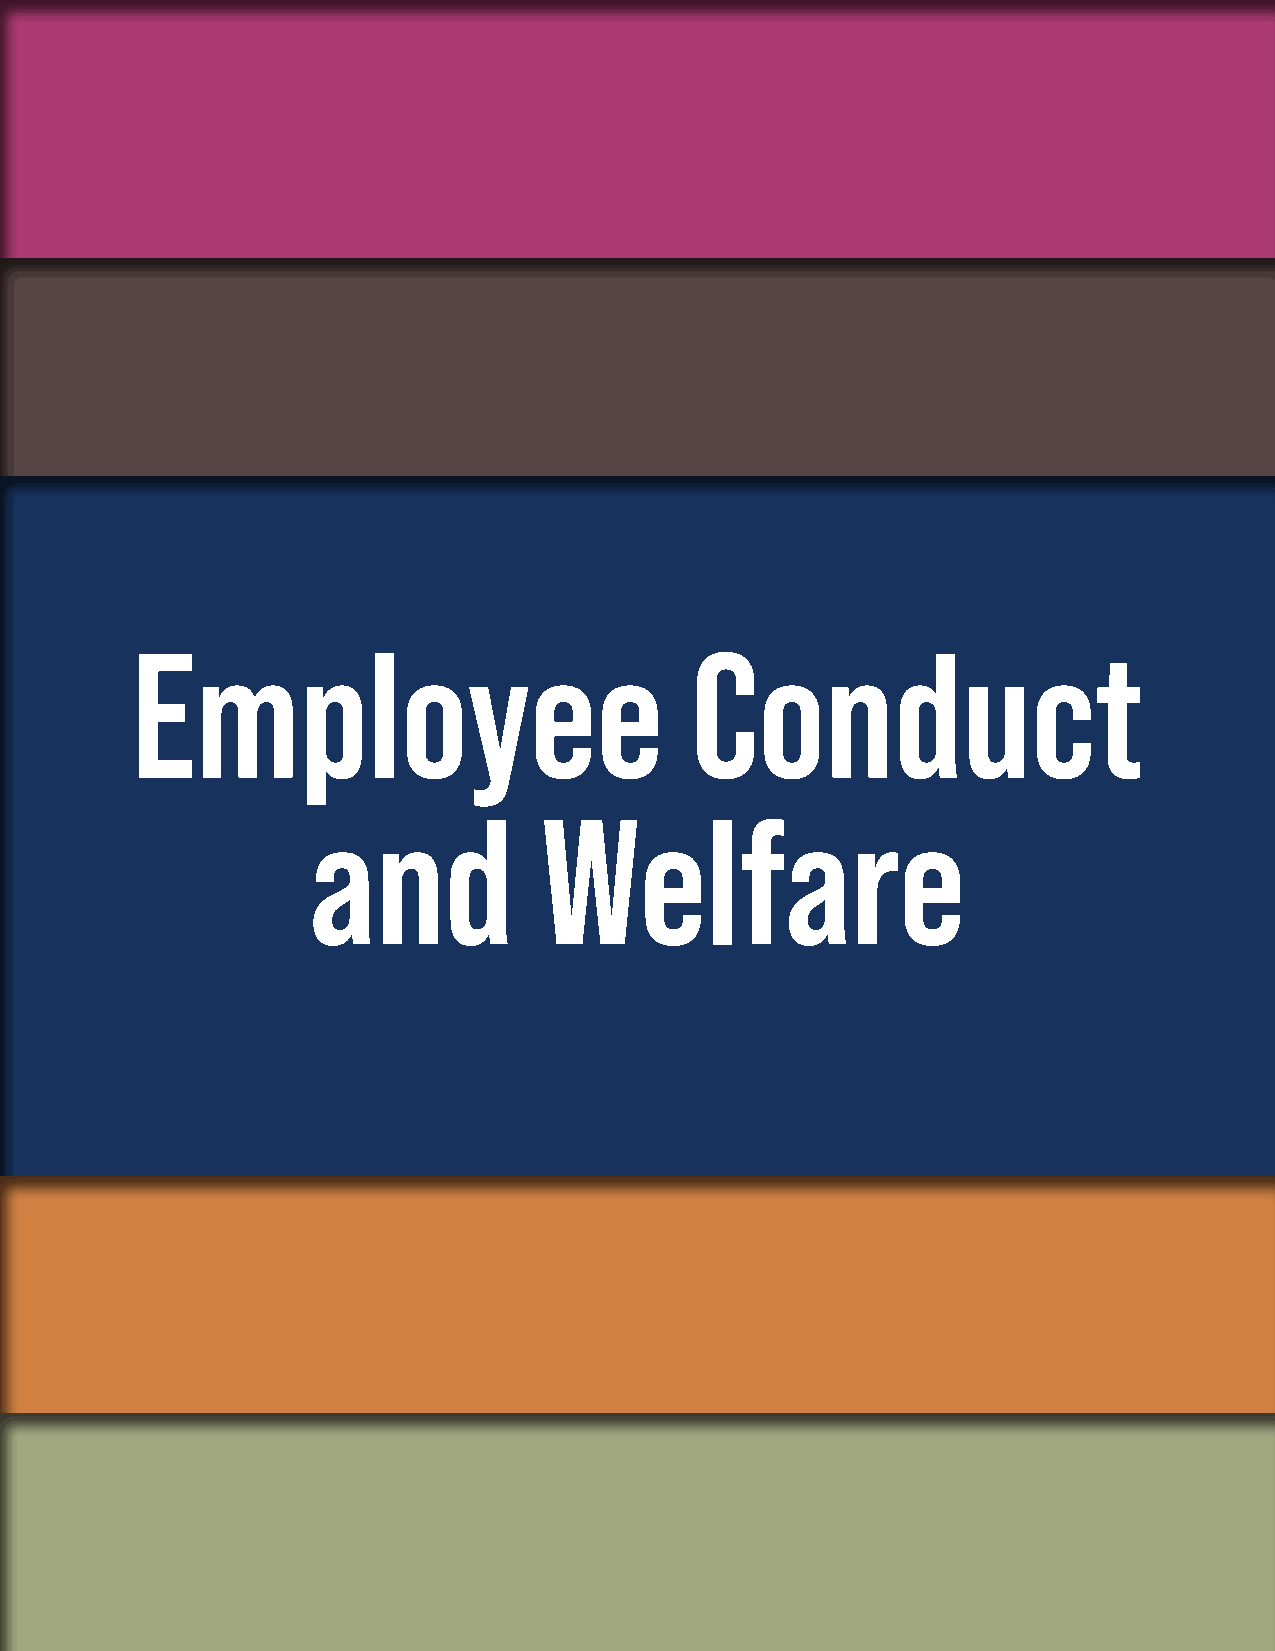
Employee                             Conduct
 and            Welfare